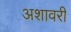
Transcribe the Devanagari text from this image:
अशावरी